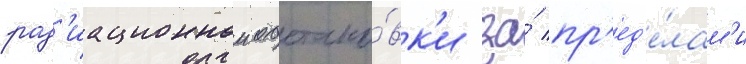
рад'иационнои обстано́вк'и за́ пр'ед'е́лам'и